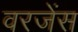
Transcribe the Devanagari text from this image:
वरजेंस